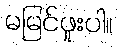
မမြင်ဖူးပါ။